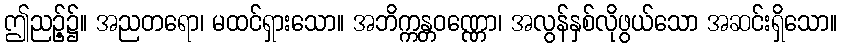
ဤညဉ့်၌။ အညတရော၊ မထင်ရှားသော။ အဘိက္ကန္တဝဏ္ဏော၊ အလွန်နှစ်လိုဖွယ်သော အဆင်းရှိသော။